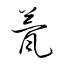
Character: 甍